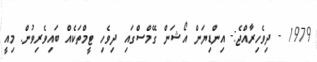
1979 - ދިވެހިރާއްޖެ:- އިންޑިޔަން އޯޝަން ގޭމްސްގައި ދިވެހި ޓީމްތަކެއް ބައިވެރިވުން. މިއީ